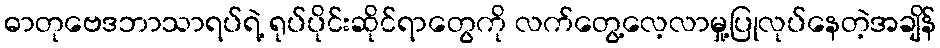
ဓာတုဗေဒဘာသာရပ်ရဲ့ ရုပ်ပိုင်းဆိုင်ရာတွေကို လက်တွေ့လေ့လာမှု့ပြုလုပ်နေတဲ့အချိန်